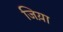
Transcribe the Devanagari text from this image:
जिय़ा